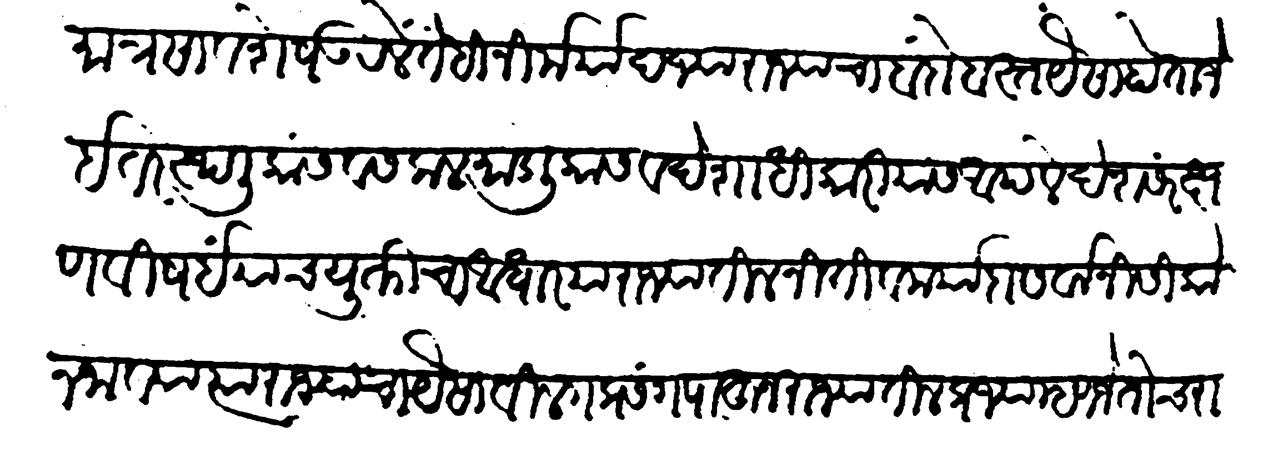
Transliteration (Devanagari): मात्र सावशेष उरलें तेंहि निर्मर्याद ज्या राज्याचा बंदोबस्त पैसा होता जे इतर स्थलिकांस व सकल मांडलिकास देशाधिकारी यांस आपले देश संरक्षण विषयीं याच युक्तीचा आधार या राज्यांतील नीति व मर्यादा सर्वांनी सिकोन जाव्या त्या राज्याचा यैसा विलग प्रसंग पाहून राज्यातील प्रज्या म्हणजे तोच राज्याचा